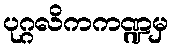
ပုဂ္ဂလိကကဏ္ဍမှ